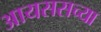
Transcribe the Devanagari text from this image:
आयससच्या